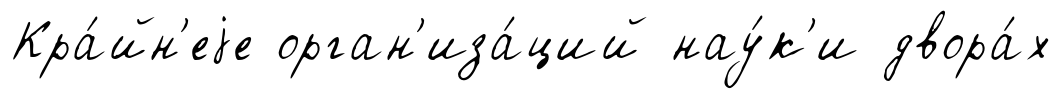
Кра́йн'еjе орган'иза́ций нау́к'и двора́х